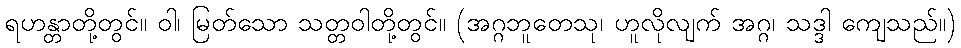
ရဟန္တာတို့တွင်။ ဝါ၊ မြတ်သော သတ္တဝါတို့တွင်။ (အဂ္ဂဘူတေသု၊ ဟူလိုလျက် အဂ္ဂ၊ သဒ္ဒါ ကျေသည်။)